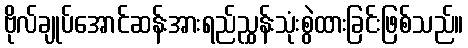
ဗိုလ်ချုပ်အောင်ဆန်းအားရည်ညွှန်းသုံးစွဲထားခြင်းဖြစ်သည်။